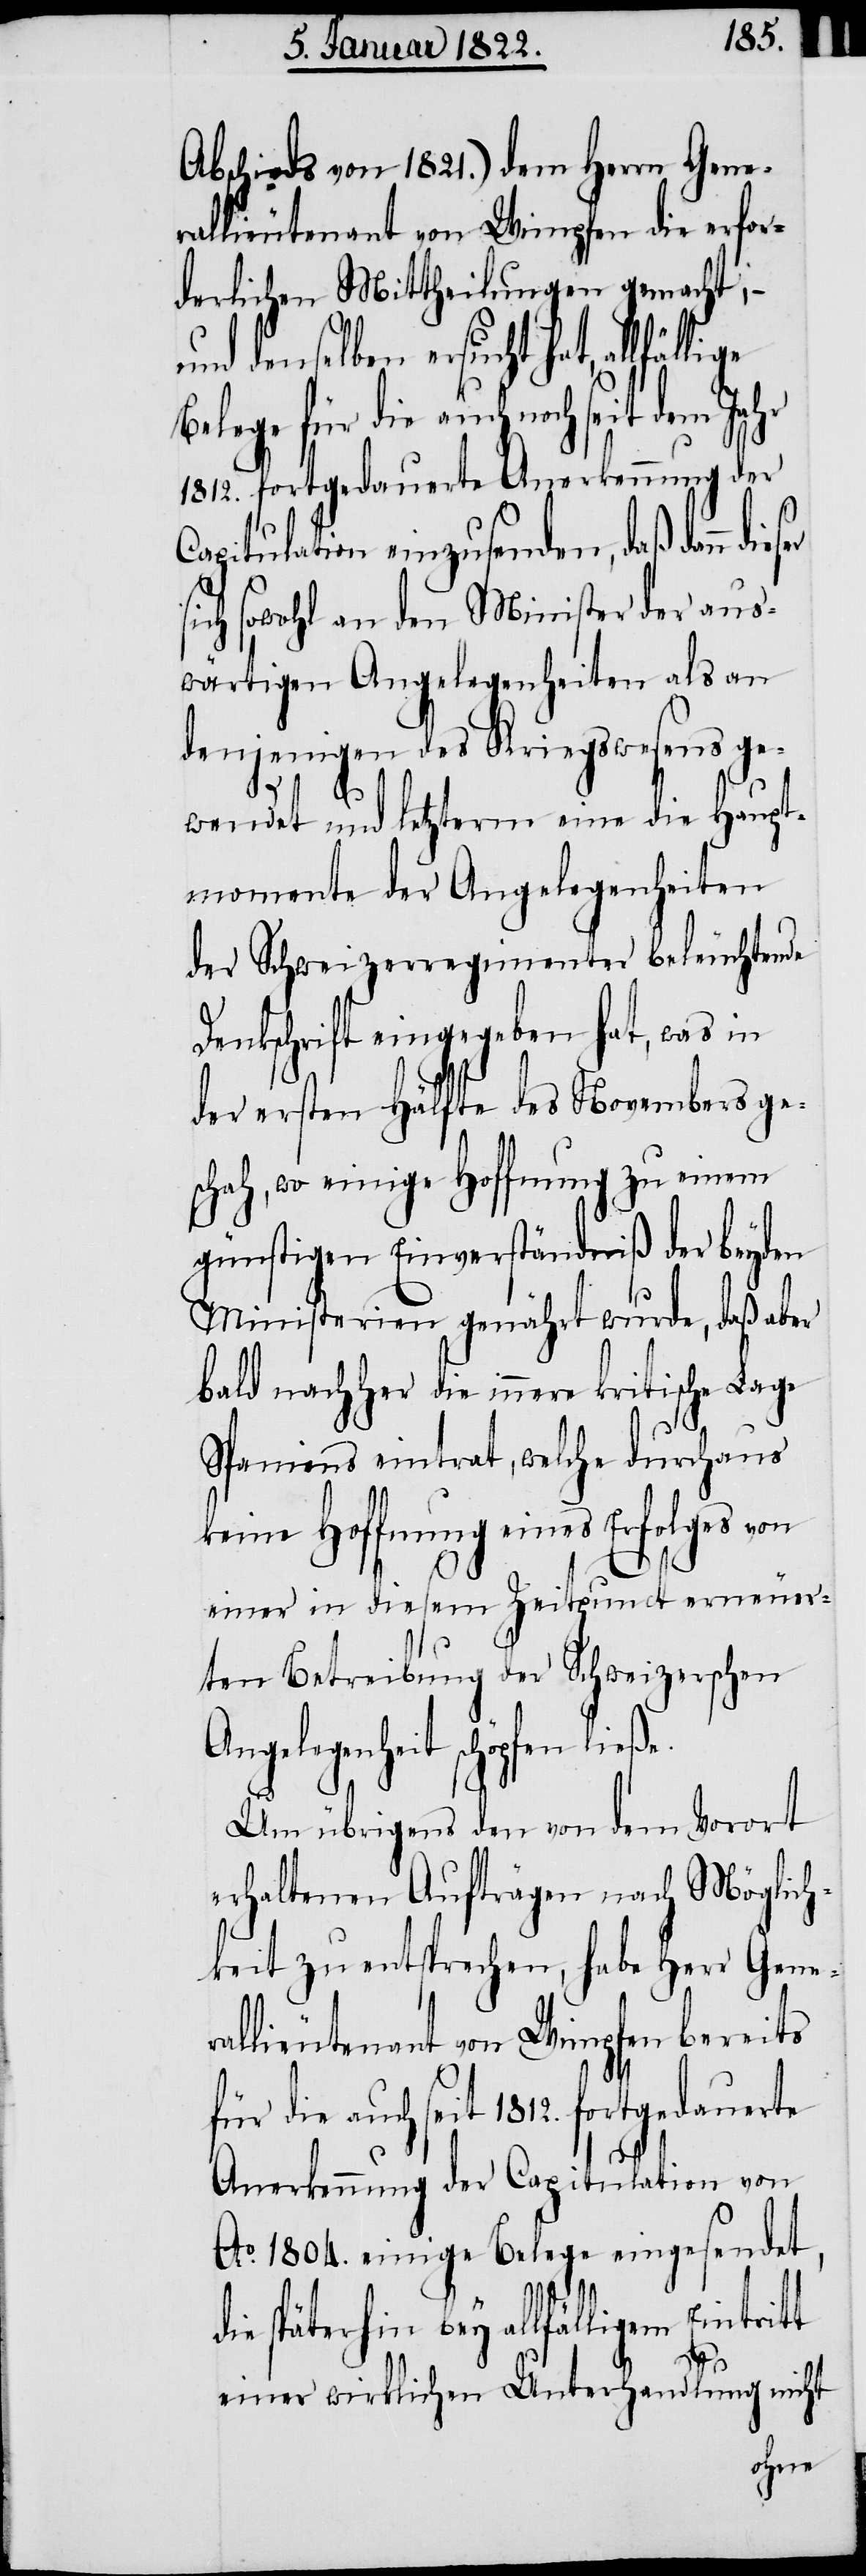
Abschieds von 1821.) dem Herrn Gene¬
rallieutenant von Wimpfen die erfor¬
derlichen Mittheilungen gemacht, –
und denselben ersucht hat,
Belege für die auch noch
1812. fortgedauerte Anerkennung der
Capitulation einzusenden, daß dann
sich sowohl an den Minister der aus¬
wärtigen Angelegenheiten als an
denjenigen des Kriegswesens ge¬
wendet und letzterm eine die Haupt¬
momente der Angelegenheiten
der Schweizerregimenter beleuchtende
Denkschrift eingegeben hat, was in
der ersten Hälfte des Novembers ge¬
schah, wo einige Hoffnung zu einem
günstigen Einverständniß der beyden
Ministerien genährt wurde, daß aber
bald nachher die innere kritische Lage
Spaniens eintrat, welche durchaus
keine Hoffnung eines Erfolges von
einer von diesem Zeitpunct erneuer¬
ten Betreibung der Schweizerischen
Angelegenheit schöpfen
Um übrigens den von dem Vorort
erhaltenen Aufträgen nach Möglich¬
keit zu entsprechen, habe Herr Gener¬
allieutenant von Wimpfen bereits
die auch seit 1812. fortgedauerte
Anerkennung der Capitulation von
Ao. 1804. einige Belege eingesendet,
bey allfälligem Eintrit¬
t einer wirklichen Unterhandlung nicht